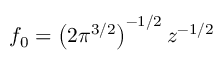
f _ { 0 } = \left( 2 { \pi } ^ { 3 / 2 } \right) ^ { - 1 / 2 } z ^ { - 1 / 2 }